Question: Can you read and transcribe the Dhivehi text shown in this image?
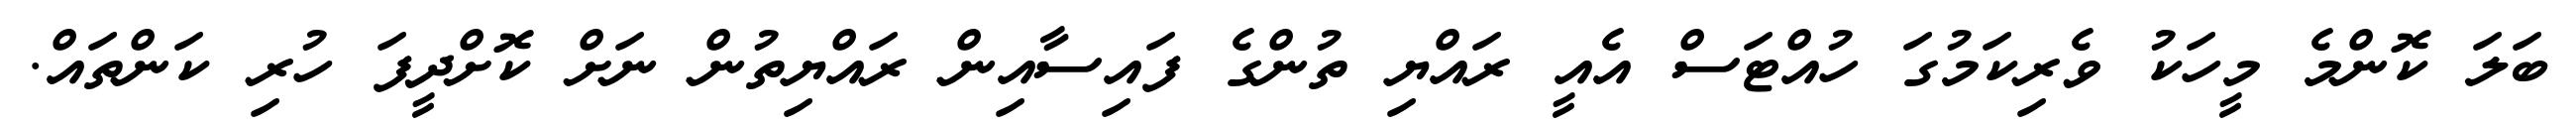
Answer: ބަލަ ކޮންމެ މީހަކު ވެރިކަމުގަ ހުއްޓަސް އެއީ ރައްޔި ތުންގެ ފައިސާއިން ރައްޔިތުން ނަށް ކޮށްދީފަ ހުރި ކަންތައް.